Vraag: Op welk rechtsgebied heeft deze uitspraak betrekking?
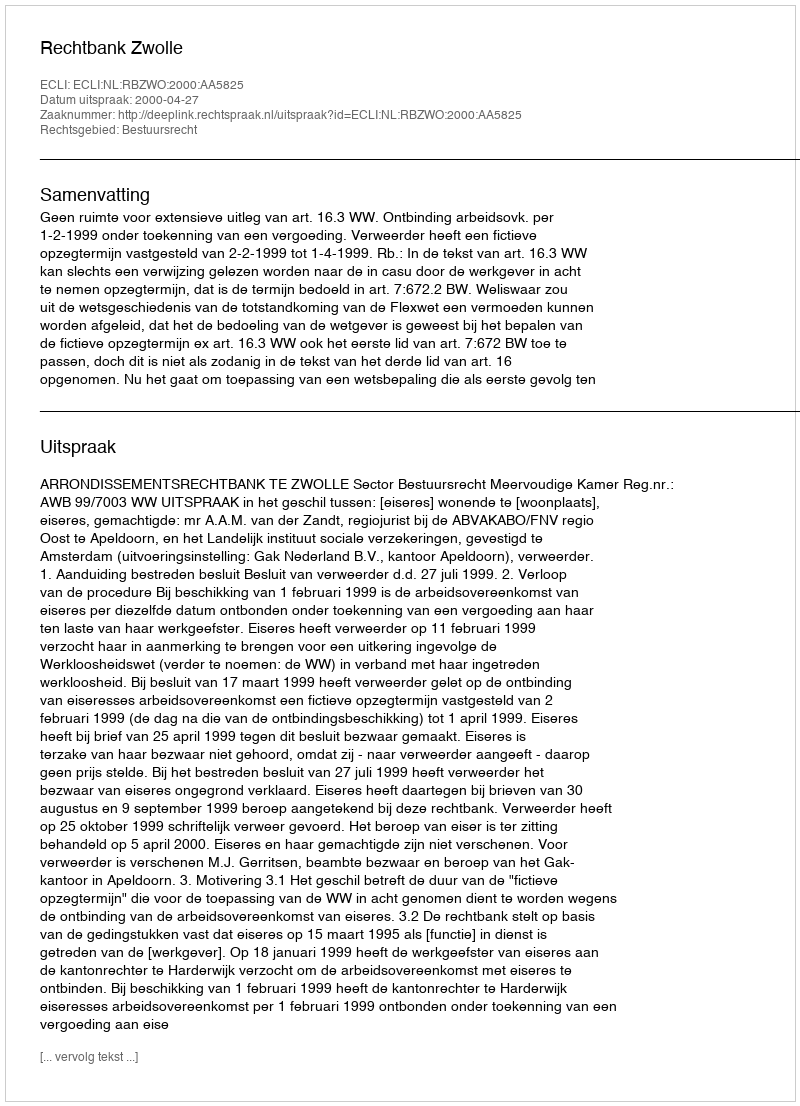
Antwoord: Bestuursrecht